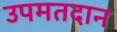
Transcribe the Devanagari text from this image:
उपमतदान